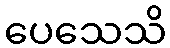
ပေသေသိ